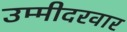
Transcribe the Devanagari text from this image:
उम्मीदरवार